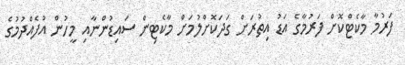
ފަރުމާ މާކެޓްކޮށް ފަރުމާގެ އަޑު އިތުރަށް ގަދަކޮށްލުމަށް މާކެޓިން ސައިޑުންނާއި މީހުން އުފެއްދުމުގެ